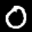
Label: 0